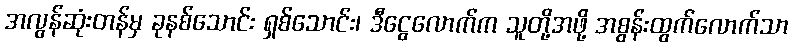
အလွန်ဆုံးတန်မှ ခုနစ်သောင်း ရှစ်သောင်း၊ ဒီငွေလောက်က သူတို့အဖို့ အစွန်းထွက်လောက်သာ